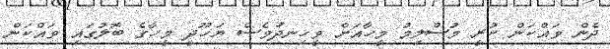
ދެން ވައްކަން ކުރީ މުސްލިމު މީހާއަށް ވީހިނދުވެސް ޔަހޫދީ މީހާގެ ބޮލުގައި ވައްކަން